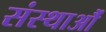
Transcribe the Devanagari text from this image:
संस्थाऔं